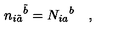
{ n _ { i \tilde { a } } } ^ { \tilde { b } } = { N _ { i a } } ^ { b } \quad ,